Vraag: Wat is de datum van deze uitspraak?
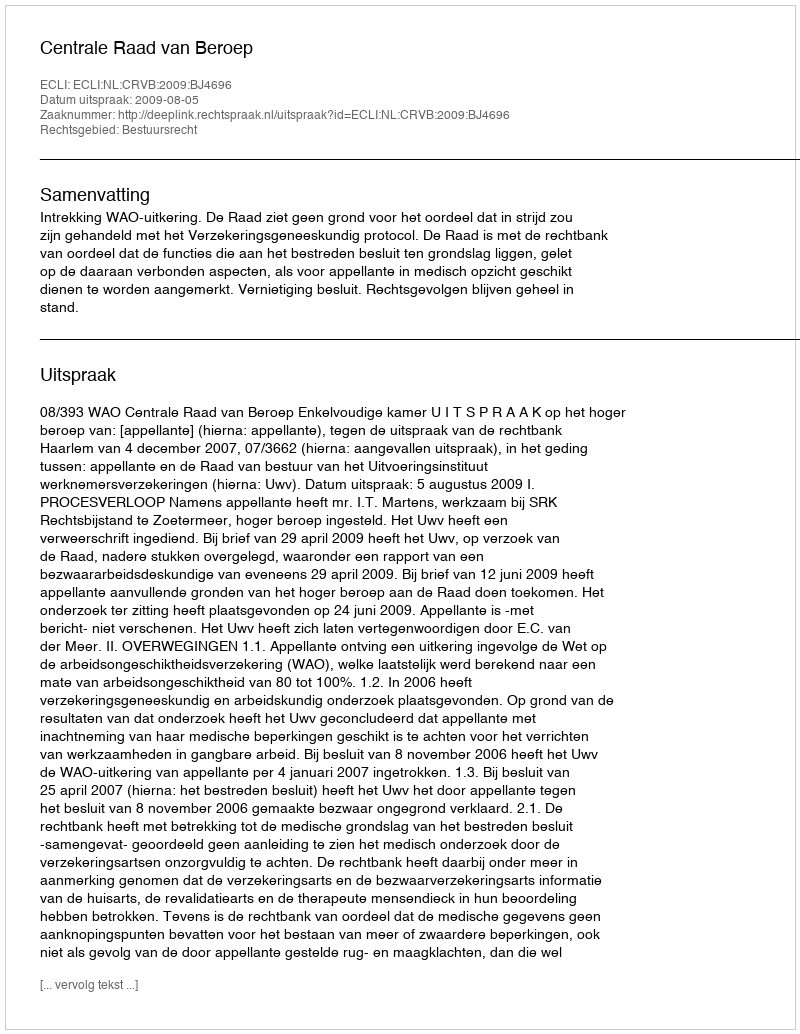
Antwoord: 2009-08-05